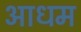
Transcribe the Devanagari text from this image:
आधम